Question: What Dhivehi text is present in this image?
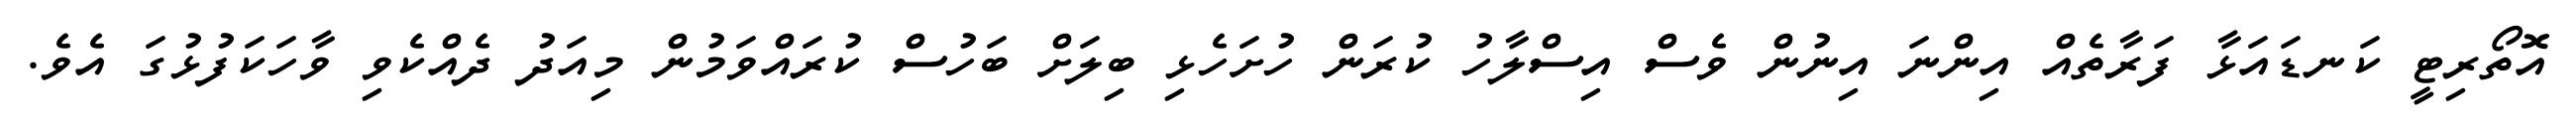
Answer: އޮތޯރިޓީ ކަނޑައަޅާ ފަރާތެއް އިންނަ އިނުން ވެސް އިސްލާހު ކުރަން ހުށަހެޅި ބިލަށް ބަހުސް ކުރައްވަމުން މިއަދު ދެއްކެވި ވާހަކަފުޅުގަ އެވެ.